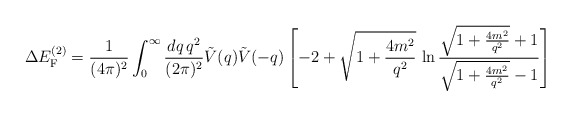
\begin{align*}\Delta E_{\rm F}^{(2)}=\frac{1}{(4\pi)^2}\int_0^\infty \frac{dq\, q^2}{(2\pi)^2}\tilde{V}(q)\tilde{V}(-q) \left[-2+\sqrt{1+\frac{4m^2}{q^2}}\, \ln \frac{\sqrt{1+\frac{4m^2}{q^2}}+1} {\sqrt{1+\frac{4m^2}{q^2}}-1}\right] \end{align*}